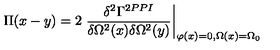
\Pi ( x - y ) = 2 \left. \frac { \delta ^ { 2 } \Gamma ^ { 2 P P I } } { \delta \Omega ^ { 2 } ( x ) \delta \Omega ^ { 2 } ( y ) } \right| _ { \varphi ( x ) = 0 , \Omega ( x ) = \Omega _ { 0 } }